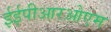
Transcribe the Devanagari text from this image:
ईईपीआरओएम